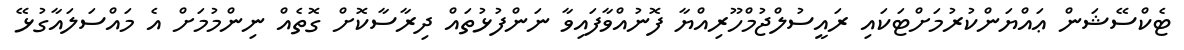
ޓެކްސޭޝަން ޢައްޔަންކުރުމަށްޓަކައި ރައީސުލްޖުމްހޫރިއްޔާ ފޮނުއްވާފައިވާ ނަންފުޅުތައް ދިރާސާކޮށް ގޮތެއް ނިންމުމަށް އެ މައްސަލައާގުޅޭ